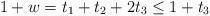
LaTeX: \begin{align*}1 + w = t_1 + t_2 + 2t_3 \leq 1 + t_3\end{align*}